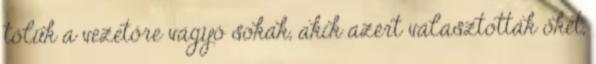
tőlük a vezetőre vágyó sokak, akik azért választották őket,